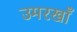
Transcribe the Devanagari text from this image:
उमरखाँ